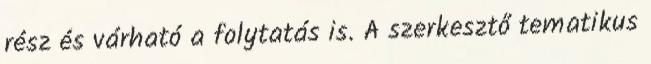
rész és várható a folytatás is. A szerkesztő tematikus